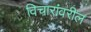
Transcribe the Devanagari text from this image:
विचारांवरील